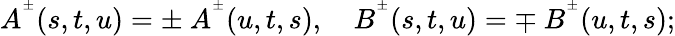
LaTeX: A^{^{\pm}}(s,t,u)=\pm\ A^{^\pm}(u,t,s),\quad B^{^\pm}(s,t,u)=\mp\ B^{^\pm}(u,t,s);